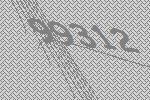
99312